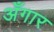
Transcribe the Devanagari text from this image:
अँगार